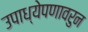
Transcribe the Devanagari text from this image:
उपाध्येपणावरुन